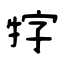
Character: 牸